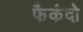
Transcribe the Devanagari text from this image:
फैकंदो